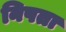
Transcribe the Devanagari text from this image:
निपता